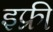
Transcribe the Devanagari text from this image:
इफ्री